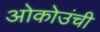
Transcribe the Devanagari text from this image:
ओकोउंची